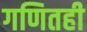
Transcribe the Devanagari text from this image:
गणितही